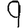
Digit: 9